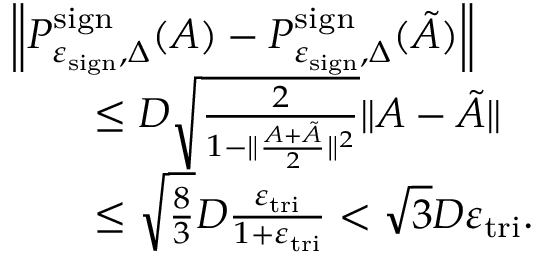
\begin{array} { r l } & { \left\| P _ { \varepsilon _ { \mathrm { s i g n } } , \Delta } ^ { \mathrm { s i g n } } ( A ) - P _ { \varepsilon _ { \mathrm { s i g n } } , \Delta } ^ { \mathrm { s i g n } } ( \tilde { A } ) \right\| } \\ & { \qquad \leq D \sqrt { \frac { 2 } { 1 - \| \frac { A + \tilde { A } } { 2 } \| ^ { 2 } } } \| A - \tilde { A } \| } \\ & { \qquad \leq \sqrt { \frac { 8 } { 3 } } D \frac { \varepsilon _ { \mathrm { t r i } } } { 1 + \varepsilon _ { \mathrm { t r i } } } < \sqrt { 3 } D \varepsilon _ { \mathrm { t r i } } . } \end{array}